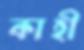
কাহী